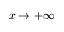
x \to + \infty